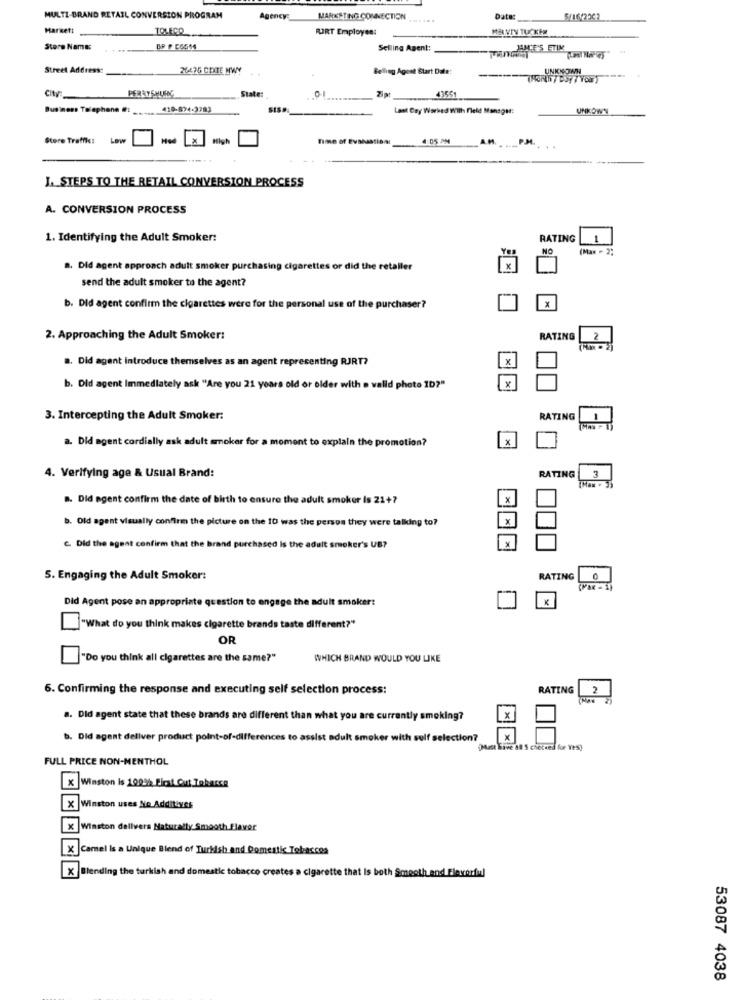
MULTI-BRAND RETAIL CONVERSION PROGRAM
Agency:
MARKETING CONNECTION
Date:
Harsett
TOLEGO
RJRT Employee:
MELVIN TUCKER
Store Name:
Selling Agent:
Street Address:
26475 CIXTE HWY
Belling Agent Start Date:
UNKNOWN
State:
41551
Business Telephone #:
410-874-3783
SISM.
Last Day Worked With fleld Mansget:
UNKOWN
Store Traffic!
Low
Hoe
Time of EvaMatIBAN
4:05 AM
J. STEPS TO THE RETAIL CONVERSION PROCESS
A. CONVERSION PROCESS
1. Identifying the Adult Smoker:
RATING
1
NO
(Max - 2:
a. Did agent approach adult smoker purchasing cigarettes or did the retailer
x
send the adult smoker to the agent?
X
b. Did agent confirm the cigarettes were for the personal use of the purchaser?
2. Approaching the Adult Smoker:
RATING
2
( . 2)
a. Did agent introduce themselves as an agent representing RJRT?
X
b. Did agent Immediately ask "Are you 21 years old or older with a valid photo ID?"
3. Intercepting the Adult Smoker:
RATING
a. Did agent cordially ask adult smoker for a moment to explain the promotion?
X
4. Verifying age & Usual Brand:
RATING
(Max . 33
.. Did agent confirm the date of birth to ensure the adult smoker Is 21+7
b. Old agent visually confirm the picture on the ID was the person they were talking to?
x
C. Did the agent confirm that the brand purchased is the adult smoker's UB?
5. Engaging the Adult Smoker:
RATING
Did Agent pose an appropriate question to engage the adult smoker:
K
"What do you think makes cigarette brands taste different?"
OR
"Do you think all cigarettes are the same?"
WHICH BRAND WOULD YOU LIKE
6. Confirming the response and executing self selection process:
RATING
2
8. Did agent state that these brands are different than what you are currently smoking?
b. Did agent deliver product point-of-differences to assist adult smoker with sulf selection?
x
Mest lave Af 5 checked for YES)
FULL PRICE NON-MENTHOL
x Winston is 100% First Out Tobarca
X Winston uses Sio Additives
Winston delivers Naturally Smooth Flaver
Camel Is a Unique Blend of Turkish and Domestic Tobaccos
X Blending the turkish and domestic tobacco creates a cigarette that is both Smesth and Flavorful
53087 4038